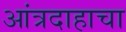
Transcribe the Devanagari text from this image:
आंत्रदाहाचा